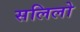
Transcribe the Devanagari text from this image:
सलिलो